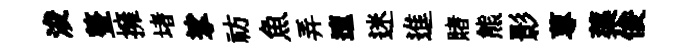
浚整擁堵挲祊魚弄邅迷進賭熊影蓴蕖俊